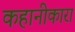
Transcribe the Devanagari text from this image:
कहानीकारा